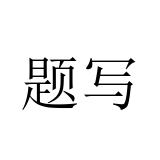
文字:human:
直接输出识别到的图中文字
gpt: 题写